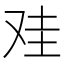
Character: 𰆻